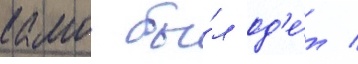
камо бы́л од'е́т /